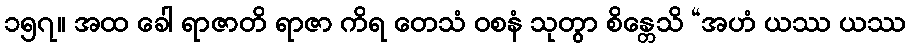
၁၅၇။ အထ ခေါ ရာဇာတိ ရာဇာ ကိရ တေသံ ဝစနံ သုတွာ စိန္တေသိ “အဟံ ယဿ ယဿ